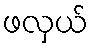
ဖလှယ်